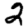
Digit: 2